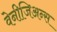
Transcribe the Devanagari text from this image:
वेनीजिअन्स